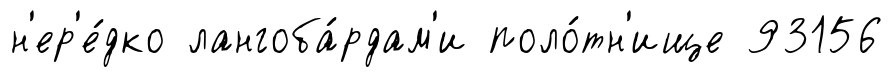
н'ер'е́дко лангоба́рдам'и поло́тн'ище 93156